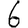
Digit: 6